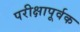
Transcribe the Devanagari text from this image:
परीक्षापूर्वक